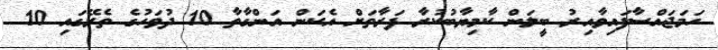
ހަމަޖައްސާފައިވާއިރު ބީލަން ކާމިޔާބުކުރާ ފަރާތަށް އެކަން އަންގާތާ 10 ދުވަހުގެ ތެރޭގައި 10